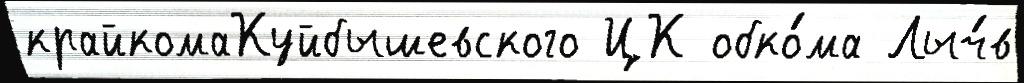
крайкомаКуйбышевского ЦК обко́ма Лыч́в